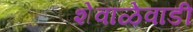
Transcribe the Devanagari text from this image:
शेवाळेवाडी